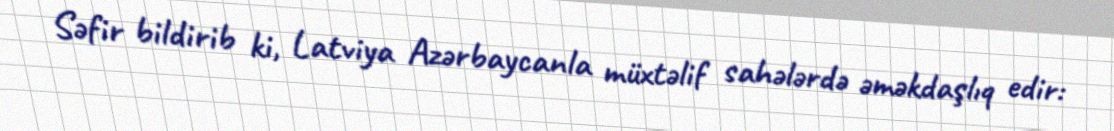
Səfir bildirib ki, Latviya Azərbaycanla müxtəlif sahələrdə əməkdaşlıq edir: